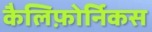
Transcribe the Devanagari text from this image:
कैलिफ़ोर्निकस